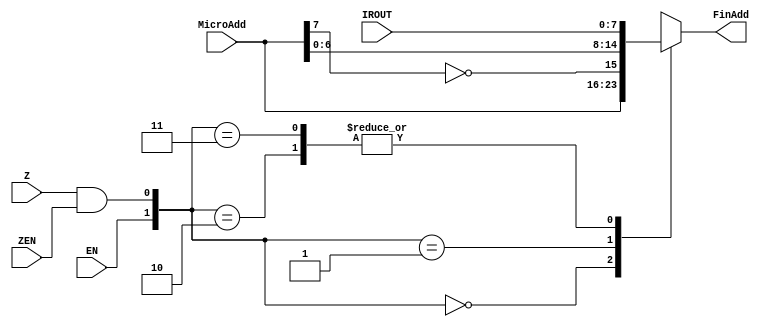
`timescale 1ns / 1ps
//////////////////////////////////////////////////////////////////////////////////
// Company: 
// Engineer: 
// 
// Design Name: 
// Module Name:    AddDecoder 
// Project Name: 
// Target Devices: 
// Tool versions: 
// Description: 
//
// Dependencies: 
//
// Revision: 
// Revision 0.01 - File Created
// Additional Comments: 
//
//////////////////////////////////////////////////////////////////////////////////
module AddDecoder(ZEN , Z , IROUT , MicroAdd , FinAdd , EN);
input ZEN;
input Z;
input  [7:0] IROUT;
input EN;
input [7:0] MicroAdd;
output [7:0] FinAdd;
reg [7:0] FinAdd;
wire Zo;
//wire ENo;
wire [1:0] test;

assign Zo = Z& ZEN;
assign test = {EN ,Zo};
always @ (test or IROUT  or MicroAdd)
begin
 
case(test)
	2'b00 : FinAdd <= MicroAdd;
	2'b01 : FinAdd <= {~MicroAdd[7],MicroAdd[6:0]};
	2'b10 : FinAdd <= IROUT;
	2'b11 : FinAdd <= IROUT;
	
endcase

end




endmodule